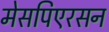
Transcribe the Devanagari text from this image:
मेसपिएरसन